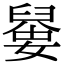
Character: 𡡼